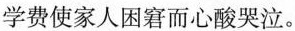
学费使家人困窘而心酸哭泣。